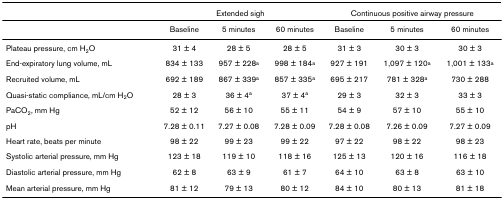
|  | <COLSPAN=3> Extended sigh | <COLSPAN=3> Continuous positive airway pressure |
 | --- | --- | --- | --- | --- | --- | --- |
 |  | Baseline | 5 minutes | 60 minutes | Baseline | 5 minutes | 60 minutes |
 | Plateau pressure, cm H2O | 31 ± 4 | 28 ± 5 | 28 ± 5 | 31 ± 3 | 30 ± 3 | 30 ± 3 |
 | End-expiratory lung volume, mL | 834 ± 133 | 957 ± 228a | 998 ± 184a | 927 ± 191 | 1,097 ± 120a | 1,001 ± 133a |
 | Recruited volume, mL | 692 ± 189 | 867 ± 339a | 857 ± 335a | 695 ± 217 | 781 ± 328a | 730 ± 288 |
 | Quasi-static compliance, mL/cm H2O | 28 ± 3 | 36 ± 4a | 37 ± 4a | 29 ± 3 | 32 ± 3 | 33 ± 3 |
 | PaCO2, mm Hg | 52 ± 12 | 56 ± 10 | 55 ± 11 | 54 ± 9 | 57 ± 10 | 55 ± 10 |
 | pH | 7.28 ± 0.11 | 7.27 ± 0.08 | 7.28 ± 0.09 | 7.28 ± 0.08 | 7.26 ± 0.09 | 7.27 ± 0.09 |
 | Heart rate, beats per minute | 98 ± 22 | 99 ± 23 | 99 ± 22 | 97 ± 22 | 98 ± 22 | 98 ± 23 |
 | Systolic arterial pressure, mm Hg | 123 ± 18 | 119 ± 10 | 118 ± 16 | 125 ± 13 | 120 ± 16 | 116 ± 18 |
 | Diastolic arterial pressure, mm Hg | 62 ± 8 | 63 ± 9 | 61 ± 7 | 64 ± 10 | 63 ± 8 | 63 ± 10 |
 | Mean arterial pressure, mm Hg | 81 ± 12 | 79 ± 13 | 80 ± 12 | 84 ± 10 | 80 ± 13 | 81 ± 18 |